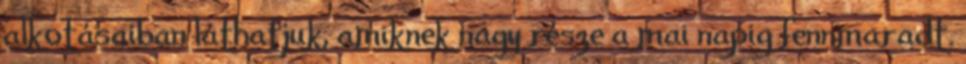
alkotásaiban láthatjuk, amiknek nagy része a mai napig fennmaradt.